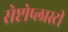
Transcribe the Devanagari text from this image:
सेप्टोप्लास्टी